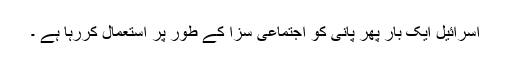
اسرائیل ایک بار پھر پانی کو اجتماعی سزا کے طور پر استعمال کررہا ہے ۔